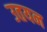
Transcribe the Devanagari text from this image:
उतयन